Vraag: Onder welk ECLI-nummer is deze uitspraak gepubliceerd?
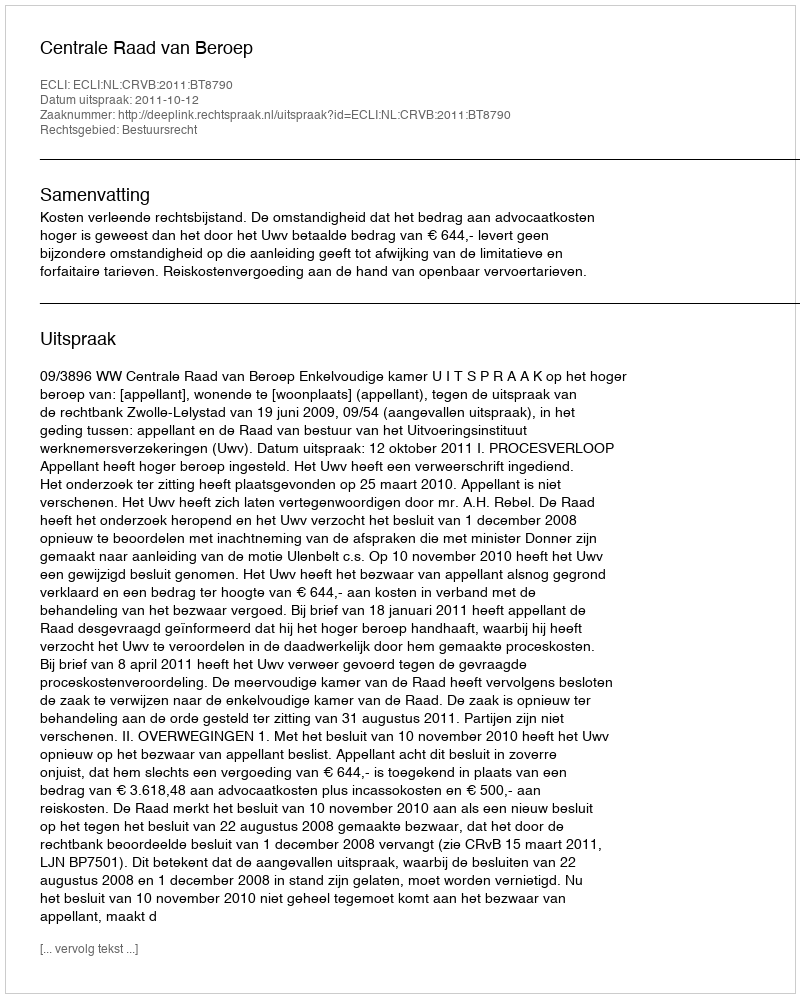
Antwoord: ECLI:NL:CRVB:2011:BT8790